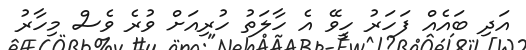
އަދި ބައެއް ފަހަރު ހީވޭ އެ ހާލަތު ހުރިއަށް ވުރެ ވެސް މިހާރު